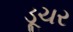
ડૂચર